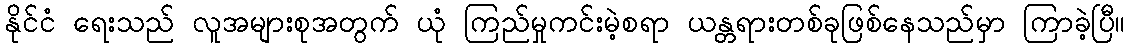
နိုင်ငံ ရေးသည် လူအများစုအတွက် ယုံ ကြည်မှုကင်းမဲ့စရာ ယန္တရားတစ်ခုဖြစ်နေသည်မှာ ကြာခဲ့ပြီ။